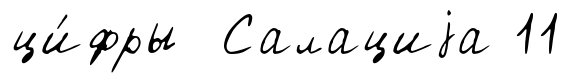
ци́фры Салациjа 11